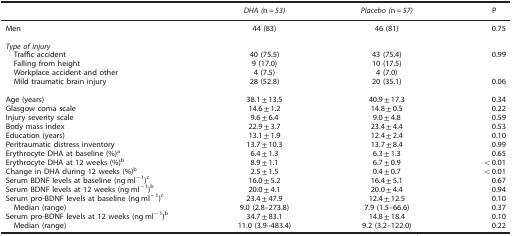
<table><thead><tr><td><b> </b></td><td><b><i>DHA (</i>n=<i>53)</i></b></td><td><b><i>Placebo (</i>n=<i>57)</i></b></td><td><b>P</b></td></tr></thead><tbody><tr><td>Men</td><td>44 (83)</td><td>46 (81)</td><td>0.75</td></tr><tr><td> </td><td> </td><td> </td><td> </td></tr><tr><td><i>Type of injury</i></td><td> </td><td> </td><td> </td></tr><tr><td> Traffic accident</td><td>40 (75.5)</td><td>43 (75.4)</td><td>0.99</td></tr><tr><td> Falling from height</td><td>9 (17.0)</td><td>10 (17.5)</td><td> </td></tr><tr><td> Workplace accident and other</td><td>4 (7.5)</td><td>4 (7.0)</td><td> </td></tr><tr><td> Mild traumatic brain injury</td><td>28 (52.8)</td><td>20 (35.1)</td><td>0.06</td></tr><tr><td> </td><td> </td><td> </td><td> </td></tr><tr><td>Age (years)</td><td>38.1±13.5</td><td>40.9±17.3</td><td>0.34</td></tr><tr><td>Glasgow coma scale</td><td>14.6±1.2</td><td>14.8±0.5</td><td>0.22</td></tr><tr><td>Injury severity scale</td><td>9.6±6.4</td><td>9.0±4.8</td><td>0.59</td></tr><tr><td>Body mass index</td><td>22.9±3.7</td><td>23.4±4.4</td><td>0.53</td></tr><tr><td>Education (years)</td><td>13.1±1.9</td><td>12.4±2.4</td><td>0.10</td></tr><tr><td>Peritraumatic distress inventory</td><td>13.7±10.3</td><td>13.7±8.4</td><td>0.99</td></tr><tr><td>Erythrocyte DHA at baseline (%)a</td><td>6.4±1.3</td><td>6.3±1.3</td><td>0.65</td></tr><tr><td>Erythrocyte DHA at 12 weeks (%)b</td><td>8.9±1.1</td><td>6.7±0.9</td><td>&lt;0.01</td></tr><tr><td>Change in DHA during 12 weeks (%)b</td><td>2.5±1.5</td><td>0.4±0.7</td><td>&lt;0.01</td></tr><tr><td>Serum BDNF levels at baseline (ng ml<sup>−1</sup>)c</td><td>16.0±5.2</td><td>16.4±5.1</td><td>0.67</td></tr><tr><td>Serum BDNF levels at 12 weeks (ng ml<sup>−1</sup>)b</td><td>20.0±4.1</td><td>20.0±4.4</td><td>0.94</td></tr><tr><td>Serum pro-BDNF levels at baseline (ng ml<sup>−1</sup>)c</td><td>23.4±47.9</td><td>12.4±12.5</td><td>0.10</td></tr><tr><td> Median (range)</td><td>9.0 (2.8–273.8)</td><td>7.9 (1.5–66.6)</td><td>0.37</td></tr><tr><td>Serum pro-BDNF levels at 12 weeks (ng ml<sup>−1</sup>)b</td><td>34.7±83.1</td><td>14.8±18.4</td><td>0.10</td></tr><tr><td> Median (range)</td><td>11.0 (3.9–483.4)</td><td>9.2 (3.2–122.0)</td><td>0.22</td></tr></tbody></table>